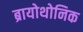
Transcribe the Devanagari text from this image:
ब्रायोथोनिक